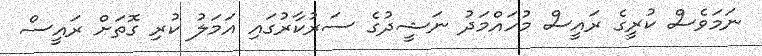
ނަމަވެސް ކުރީގެ ރައީސް މުހައްމަދު ނަޝީދުގެ ސަރުކާރުގައި އަމަލު ކުރި ގޮތަށް ރައީސް